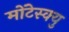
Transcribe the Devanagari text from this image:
मोंटेस्क्यु